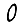
Digit: 0